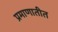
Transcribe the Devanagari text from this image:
प्रमाणातीत